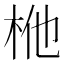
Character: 𭩬